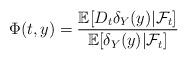
LaTeX: \begin{align*}\Phi(t,y)= \frac{\mathbb{E}[D_t\delta_Y(y)|\mathcal{F}_t]}{\mathbb{E}[\delta_Y(y)|\mathcal{F}_t]}\end{align*}